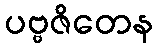
ပဗ္ဗဇိတေန